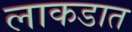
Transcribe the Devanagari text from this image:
लाकडात